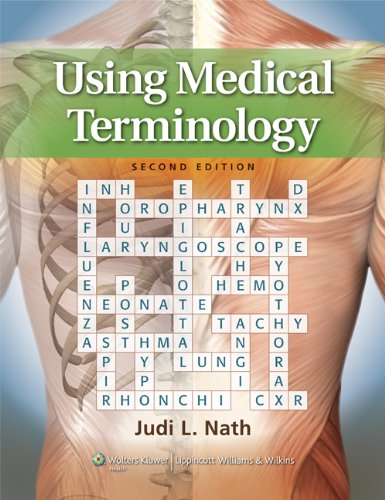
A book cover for Using Medical Terminology; Judi Lindsley Nath PhD; Medical Books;